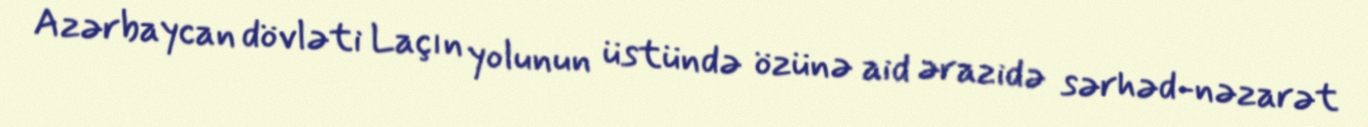
Azərbaycan dövləti Laçın yolunun üstündə özünə aid ərazidə sərhəd-nəzarət